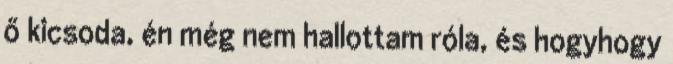
ő kicsoda, én még nem hallottam róla, és hogyhogy